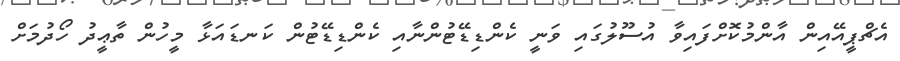
އެޗްޕީއޭއިން އާންމުކޮށްފައިވާ އުސޫލުގައި ވަނީ ކެންޑިޑޭޓުންނާއި ކެންޑިޑޭޓުން ކަނޑައަޅާ މީހުން ތާޢީދު ހޯދުމަށް